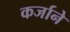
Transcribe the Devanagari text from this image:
कर्जाने